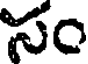
సం